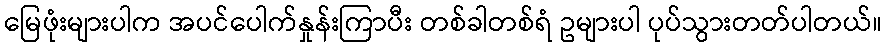
မြေဖုံးများပါက အပင်ပေါက်နှုန်းကြာပီး တစ်ခါတစ်ရံ ဥများပါ ပုပ်သွားတတ်ပါတယ်။